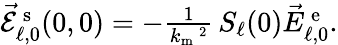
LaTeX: \begin{array}{r}{\vec{\mathcal{E}}_{\ell,0}^{\mathrm{\, s}}(0,0)=-\frac{1}{k_{\mathrm{m}}\, \! \! \, \! \, \, \! \, \, \! \! \, \! \, \, \! \! \, \! \! \, \! \, \, \! \! \, \! \! \, \! \, \, \! \, \, \! \! \, \! \, \, \! \! \, \! \! \, \! \, \, \! \, \, \! \! \, \! \, \, \! \, \, \! \! \, \! \, \, \! \! \, \! \! \, \! \, \, \! \, \, \! \! \, \! \, \, \! \, \, \! \! ^{2}}\, S_{\ell}(0)\vec{E}_{\ell,0}^{\mathrm{\, e}}.}\end{array}